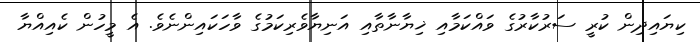
ކިޔައިދިން ކުރީ ސަރުކާރުގެ ވައްކަމާއި ޚިޔާނާތާއި އަނިޔާވެރިކަމުގެ ވާހަކައިންނެވެ. އެ މީހުން ކެއިއްޔާ